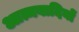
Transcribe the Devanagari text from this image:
आत्मवादियों